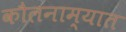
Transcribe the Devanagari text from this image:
कौलनाम्यात